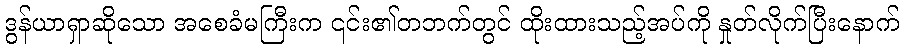
ဒွန်ယာရှာဆိုသော အစေခံမကြီးက ၎င်း၏တဘက်တွင် ထိုးထားသည့်အပ်ကို နှုတ်လိုက်ပြီးနောက်